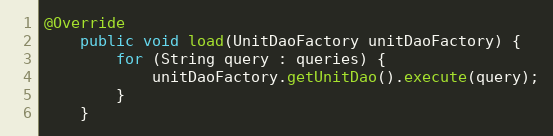
Language: Java
@Override
	public void load(UnitDaoFactory unitDaoFactory) {
		for (String query : queries) {
			unitDaoFactory.getUnitDao().execute(query);
		}
	}